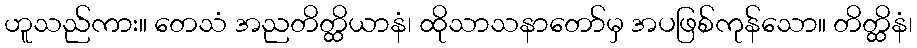
ဟူသည်ကား။ တေသံ အညတိတ္ထိယာနံ၊ ထိုသာသနာတော်မှ အပဖြစ်ကုန်သော။ တိတ္ထိနံ၊